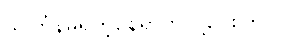
သင်္ကြန်မရှိတဲ့နေရာကို ပို့ပေးကြပါ။